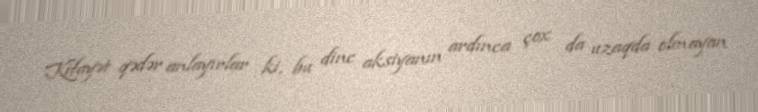
Kifayət qədər anlayırlar ki, bu dinc aksiyanın ardınca çox da uzaqda olmayan